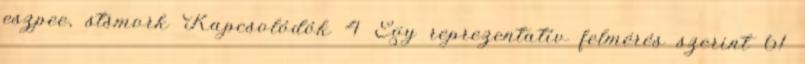
eszpee, stsmork Kapcsolódók 4 Egy reprezentatív felmérés szerint 61